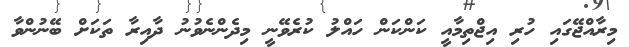
މިރާއްޖޭގައި ހުރި އިޖްތިމާއީ ކަންކަން ހައްލު ކުރެވޭނީ މިދެންނެވުނު ދާއިރާ ތަކަށް ބޭނުންވާ